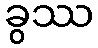
ခွဿ